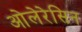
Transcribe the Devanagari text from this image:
ओलेरेसिन